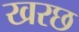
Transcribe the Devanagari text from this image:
खरछ